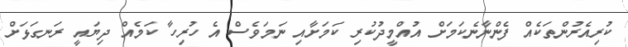
ކުރިއެރުންތަކެއް ފެންނާނެކަމަށް އުއްމީދުކުރި ކަމަށާއި ނަމަވެސް އެ ހުރިހާ ކަމެއް ދިޔައީ ރަނގަޅަށް